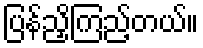
ပြန်ညှိကြည့်တယ်။